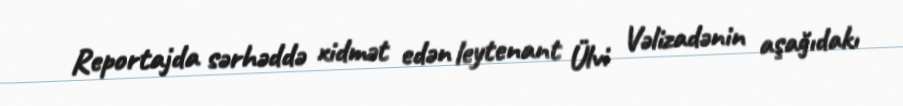
Reportajda sərhəddə xidmət edən leytenant Ülvi Vəlizadənin aşağıdakı